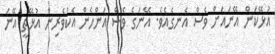
އުޅޭކަން އޭނައަށް ވެސް އެނގެއެވެ. އޭނަގެ ވެސް އަންހެން އެކުވެރިން އުޅޭތީ އޭނަ